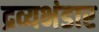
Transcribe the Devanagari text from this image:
द्रव्यभंडार